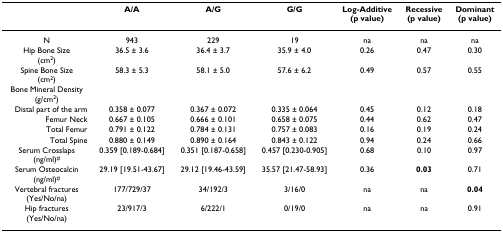
|  | A/A | A/G | G/G | Log-Additive(p value) | Recessive(p value) | Dominant(p value) |
 | --- | --- | --- | --- | --- | --- | --- |
 | N | 943 | 229 | 19 | na | na | na |
 | Hip Bone Size(cm2) | 36.5 ± 3.6 | 36.4 ± 3.7 | 35.9 ± 4.0 | 0.26 | 0.47 | 0.30 |
 | Spine Bone Size(cm2) | 58.3 ± 5.3 | 58.1 ± 5.0 | 57.6 ± 6.2 | 0.49 | 0.57 | 0.55 |
 | Bone Mineral Density(g/cm2) |  |  |  |  |  |  |
 | Distal part of the arm | 0.358 ± 0.077 | 0.367 ± 0.072 | 0.335 ± 0.064 | 0.45 | 0.12 | 0.18 |
 | Femur Neck | 0.667 ± 0.105 | 0.666 ± 0.101 | 0.658 ± 0.075 | 0.44 | 0.62 | 0.47 |
 | Total Femur | 0.791 ± 0.122 | 0.784 ± 0.131 | 0.757 ± 0.083 | 0.16 | 0.19 | 0.24 |
 | Total Spine | 0.880 ± 0.149 | 0.890 ± 0.164 | 0.843 ± 0.122 | 0.94 | 0.24 | 0.66 |
 | Serum Crosslaps(ng/ml)# | 0.359 [0.189-0.684] | 0.351 [0.187-0.658] | 0.457 [0.230-0.905] | 0.68 | 0.10 | 0.97 |
 | Serum Osteocalcin(ng/ml)# | 29.19 [19.51-43.67] | 29.12 [19.46-43.59] | 35.57 [21.47-58.93] | 0.36 | 0.03 | 0.71 |
 | Vertebral fractures(Yes/No/na) | 177/729/37 | 34/192/3 | 3/16/0 | na | na | 0.04 |
 | Hip fractures(Yes/No/na) | 23/917/3 | 6/222/1 | 0/19/0 | na | na | 0.91 |